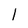
Character: l